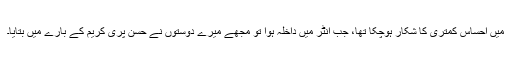
میں احساسِ کمتری کا شکار ہوچکا تھا، جب انٹر میں داخلہ ہوا تو مجھے میرے دوستوں نے حسن پری کریم کے بارے میں بتایا۔